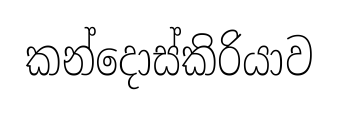
කන්දොස්කිරියාව